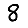
Digit: 8